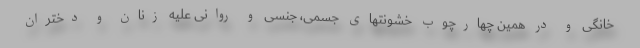
خانگی و در همین چهارچوب خشونتهای جسمی، جنسی و روانی علیه زنان و دختران